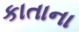
કાતાના